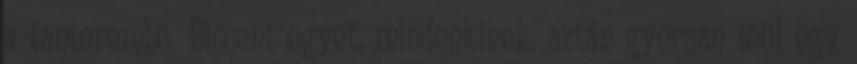
a tanterembe. Biccent egyet, mindenkinek, aztán gyorsan leül egy